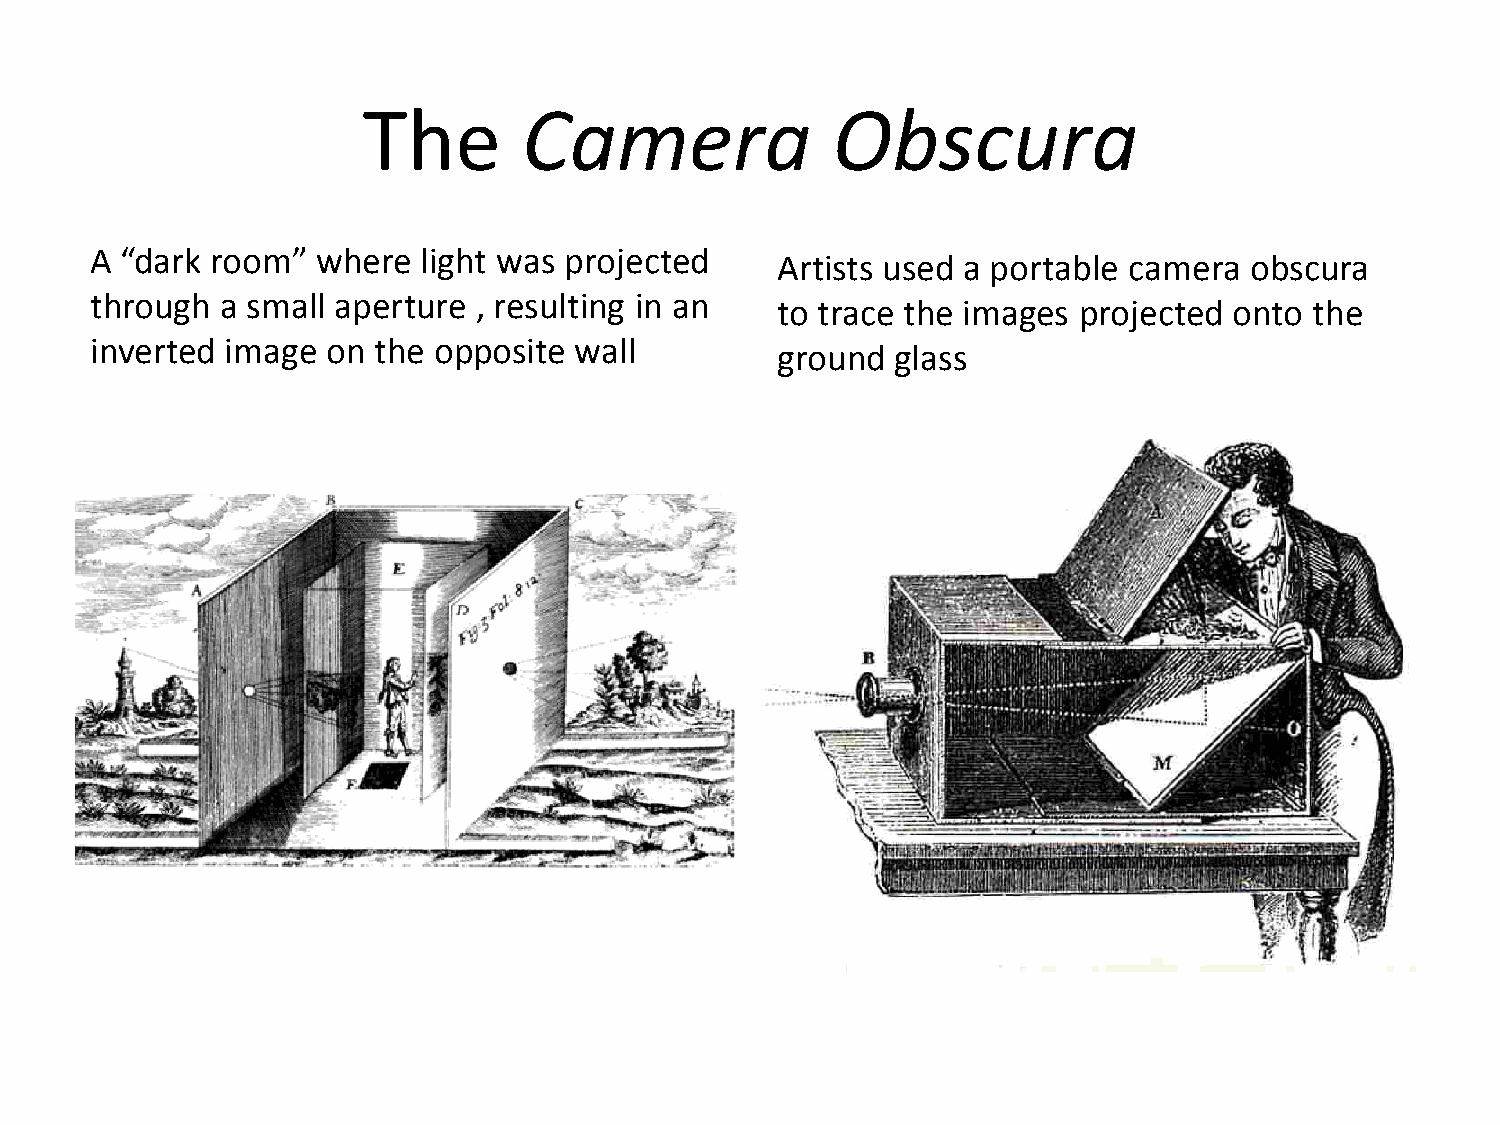
The        Camera              Obscura
 A “dark room”  where  light was projected
 Artists used a portable camera  obscura
 through  a small aperture , resulting in an
 to trace the images projected  onto the
 inverted image  on the opposite wall
 ground  glass